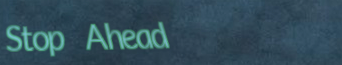
Stop Ahead